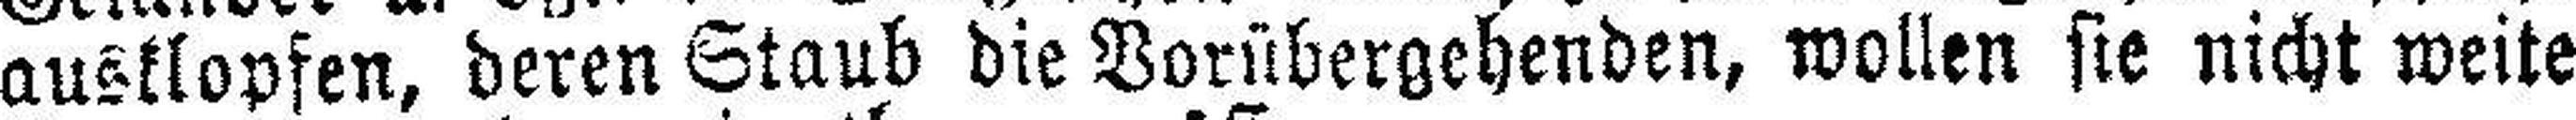
ausklopfen, deren Staub die Vorübergehenden, wollen sie nicht weite